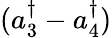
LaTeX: (a_{3}^{\dagger}-a_{4}^{\dagger})